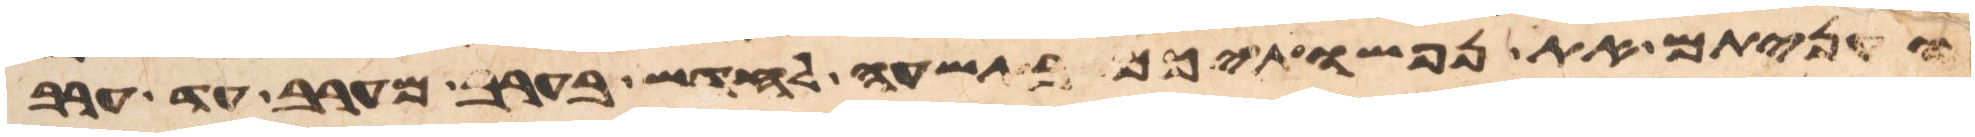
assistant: ועניתם את נפשתיכם בתשעה לחדש בערב מערב עד ערב